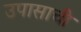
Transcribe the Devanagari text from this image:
उपासाची